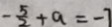
- \frac { 5 } { 2 } + a = - 7